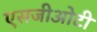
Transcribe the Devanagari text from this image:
एसजीओटी